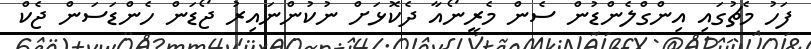
ފަހު މެޗުގައި އިންގްލެންޑުން ސެން މެރީނޯއާ ދެކޮޅަށް ނުކުންނައިރު ޖޯޑަން ހެންޑަސަން ޖެކް